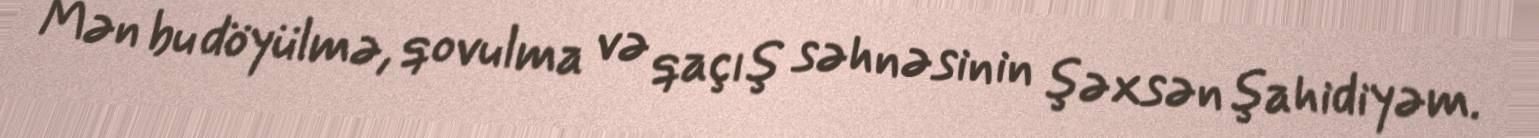
Mən bu döyülmə, qovulma və qaçış səhnəsinin şəxsən şahidiyəm.